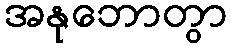
အနုဘောတွာ